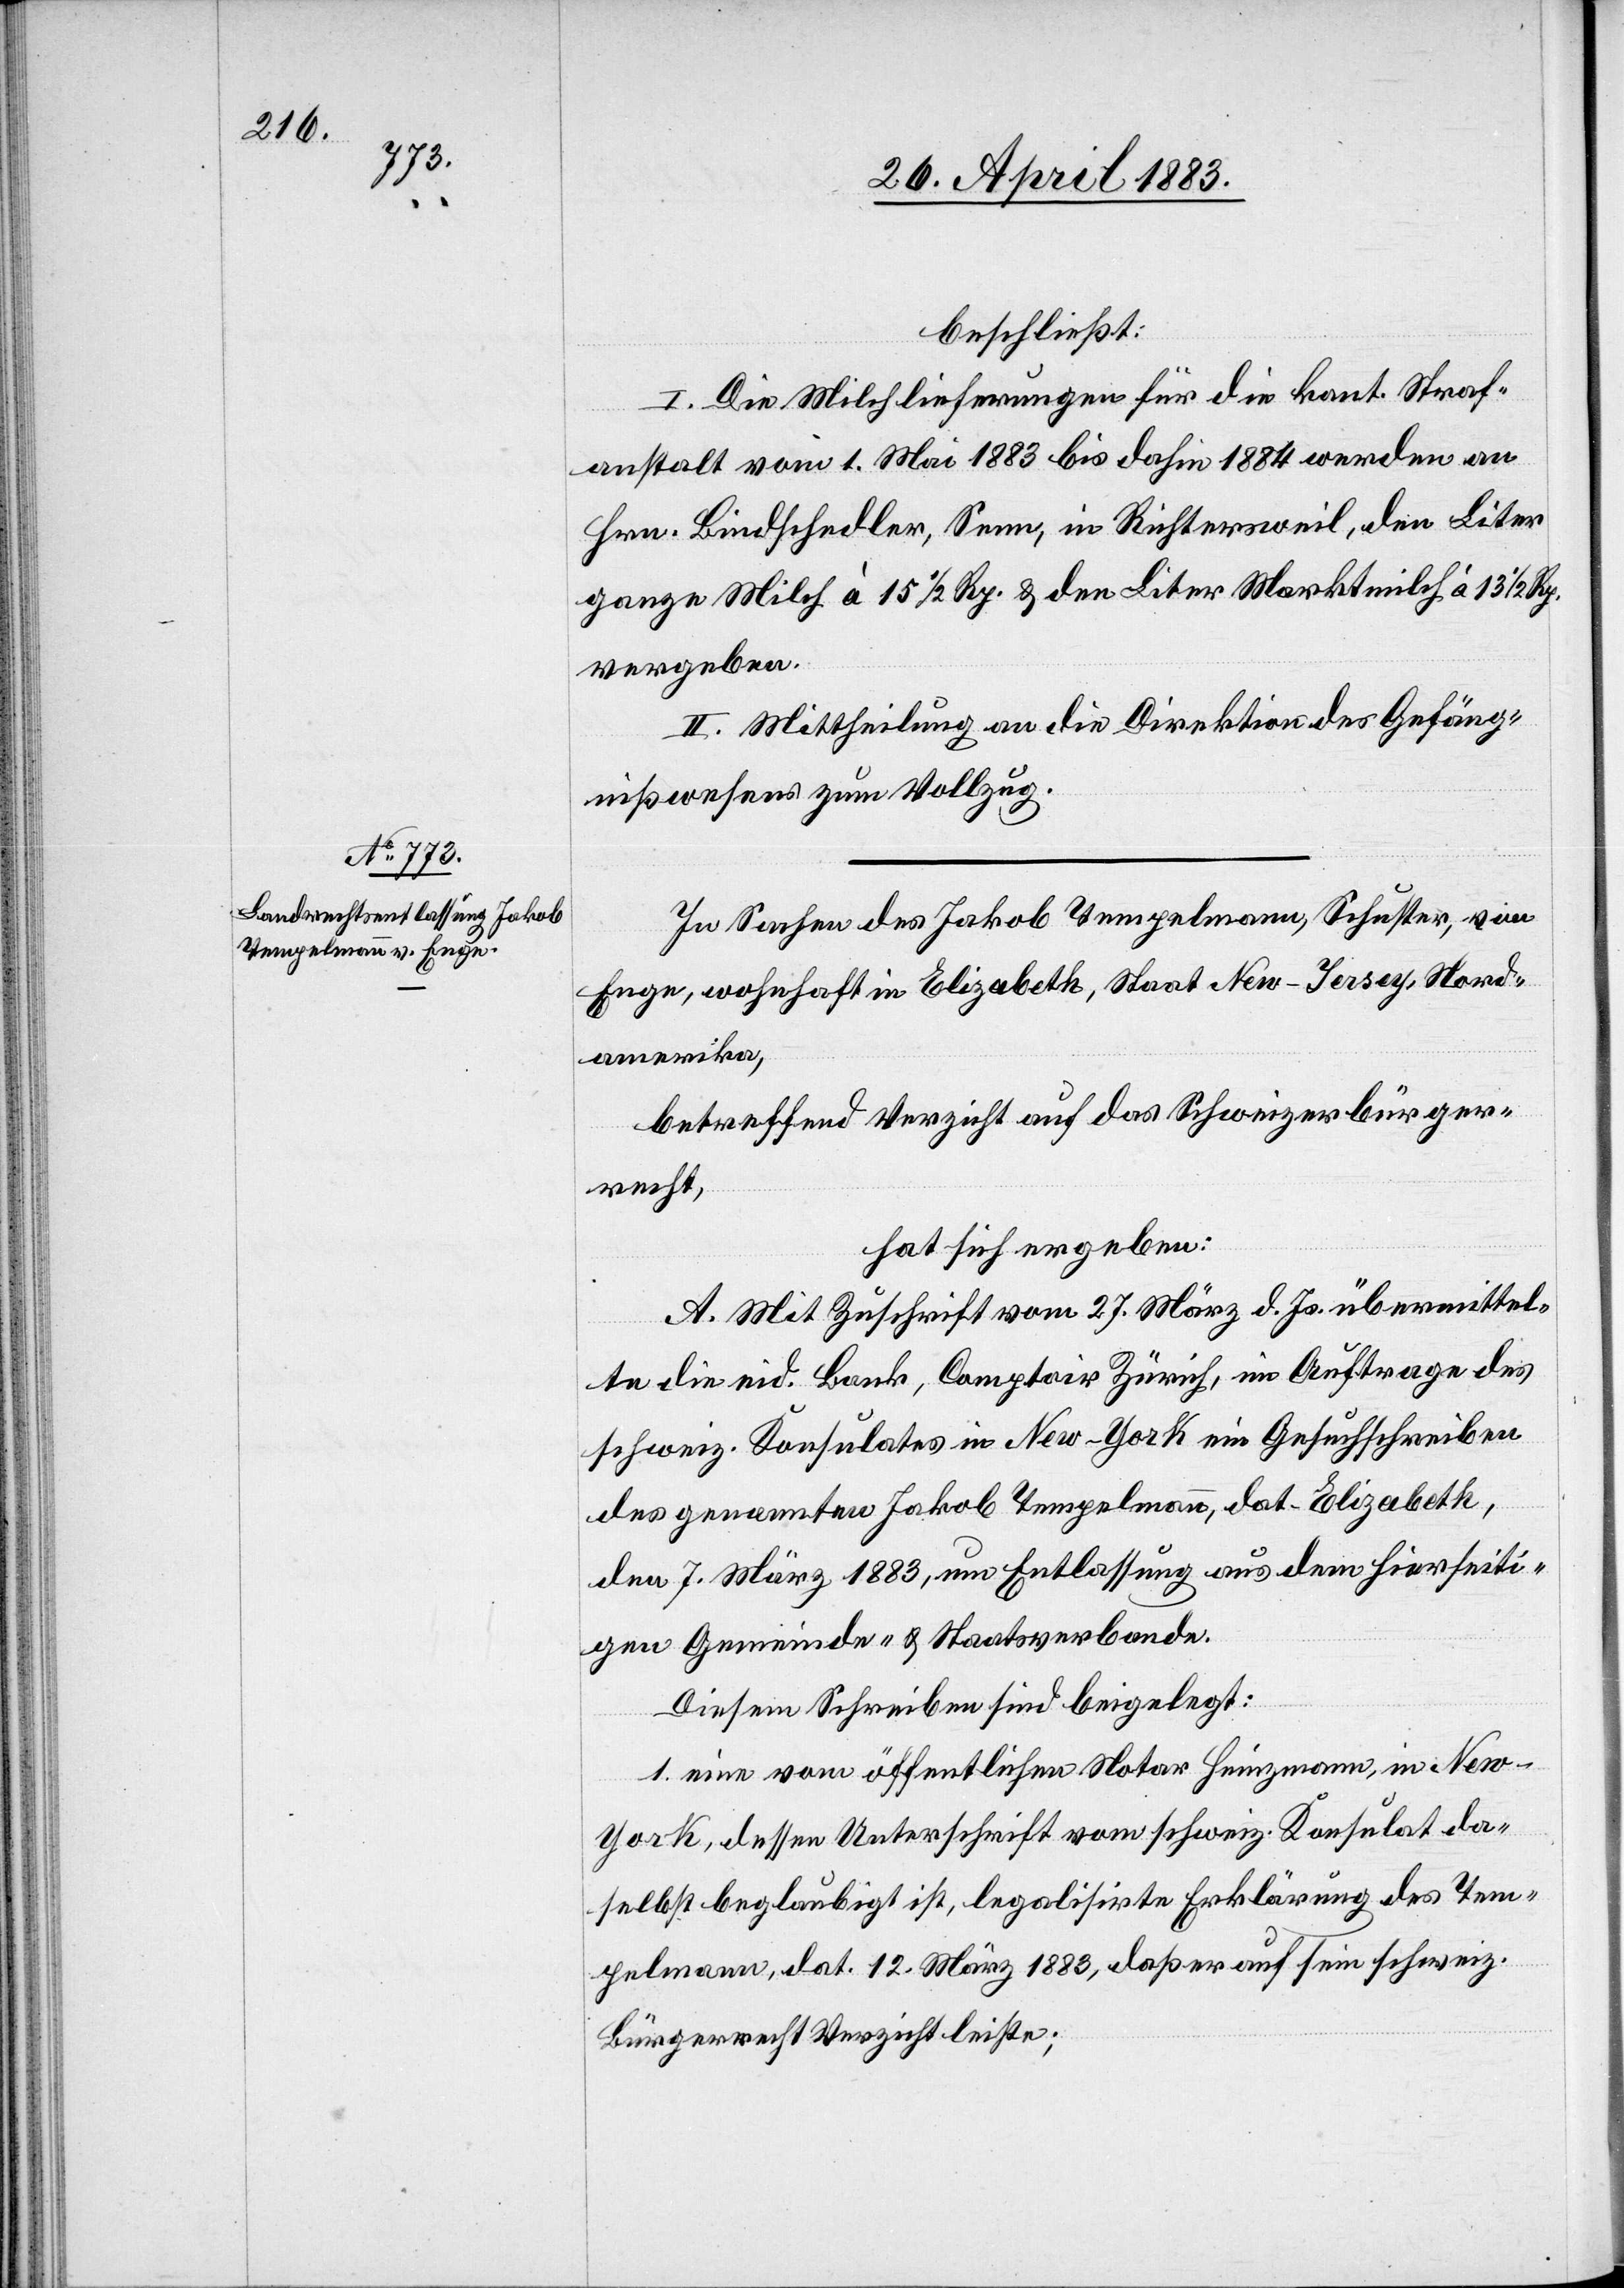
beschließt:
I. Die Milchlieferungen für die kant. Straf¬
anstalt vom 1. Mai 1883 bis dahin 1884 werden an
Hrn. Bindschedler, Senn, in Richtersweil, den Liter
ganze Milch à 15 1/2 Rp. & den Liter Marktmilch à 13 1/2 Rp.
vergeben.
II. Mittheilung an die Direktion des Gefäng¬
nißwesens zum Vollzug.
In Sachen des Jakob Tempelmann, Schuster, von
Enge, wohnhaft in Elizabeth, Staat New-Jersey, Nord¬
amerika,
betreffend Verzicht auf das Schweizerbürger¬
recht,
hat sich ergeben:
A. Mit Zuschrift vom 27. März d. Js. übermittel¬
te die eid. Bank, Comptoir Zürich, im Auftrage des
schweiz. Konsulates in New-York ein Gesuchsschreiben
des genannten Jakob Tempelmann, dat. Elizabeth,
den 7. März 1883, um Entlassung aus dem hierseiti¬
gen Gemeinde- & Staatsverbande.
Diesem Schreiben sind beigelegt:
1. eine vom öffentlichen Notar Heinzmann, in Ne¬
w-York, dessen Unterschrift vom schweiz. Konsulat da¬
selbst beglaubigt ist, legalisierte Erklärung des Tem¬
pelmann, dat. 12. März 1883, daß er auf sein schweiz.
Bürgerrecht Verzicht leiste;